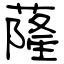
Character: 蕯